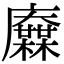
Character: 𢌋